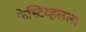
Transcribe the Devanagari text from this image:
फेस्टिव्हलला